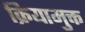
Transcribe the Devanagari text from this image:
क्रियामुक्त